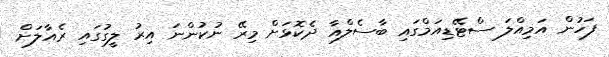
ފަހުން އަމިއްލަ ސްޓޭޑިއަމްގައި ބާސެލްއާ ދެކޮޅަށް މިރޭ ނުކުންނަ އިރު ލީގުގައި ރެއާލަށް